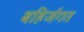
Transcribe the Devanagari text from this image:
बहिर्जगत